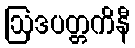
ဩဒပတ္တကိနီ